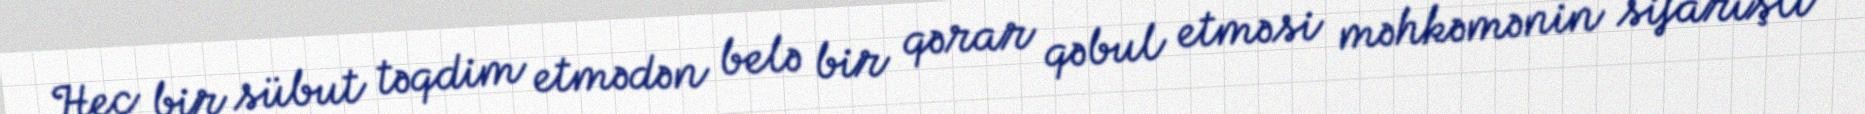
Heç bir sübut təqdim etmədən belə bir qərar qəbul etməsi məhkəmənin sifarişli